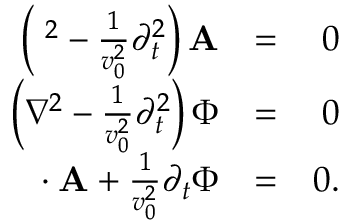
\begin{array} { r l r } { \left( { \bf \nabla } ^ { 2 } - \frac { 1 } { v _ { 0 } ^ { 2 } } \partial _ { t } ^ { 2 } \right) { \bf A } } & { = } & { 0 } \\ { \left( \nabla ^ { 2 } - \frac { 1 } { v _ { 0 } ^ { 2 } } \partial _ { t } ^ { 2 } \right) \Phi } & { = } & { 0 } \\ { { \bf \nabla } \cdot { \bf A } + \frac { 1 } { v _ { 0 } ^ { 2 } } \partial _ { t } \Phi } & { = } & { 0 . } \end{array}